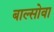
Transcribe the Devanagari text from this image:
बाल्सोवा